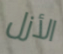
الأزل